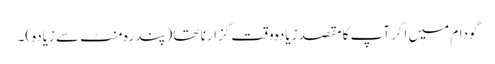
گودام میں اگر آپ کا مقصد زیادہ وقت گزارنا تھا (پندرہ منٹ سے زیادہ)۔